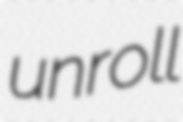
unroll